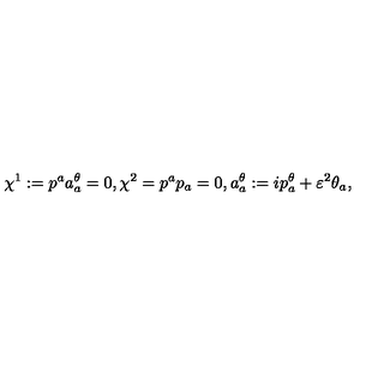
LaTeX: \chi ^ { 1 } : = p ^ { a } a _ { a } ^ { \theta } = 0 , \chi ^ { 2 } = p ^ { a } p _ { a } = 0 , a _ { a } ^ { \theta } : = i p _ { a } ^ { \theta } + \varepsilon ^ { 2 } \theta _ { a } ,